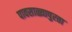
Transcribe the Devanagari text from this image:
पावसाळ्यापुरता